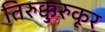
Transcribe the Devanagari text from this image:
तिरुक्कुरुकूर